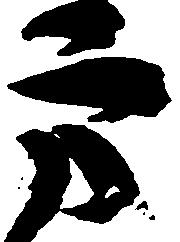
方